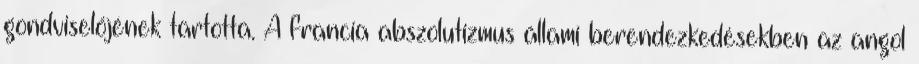
gondviselőjének tartotta. A francia abszolutizmus állami berendezkedésekben az angol